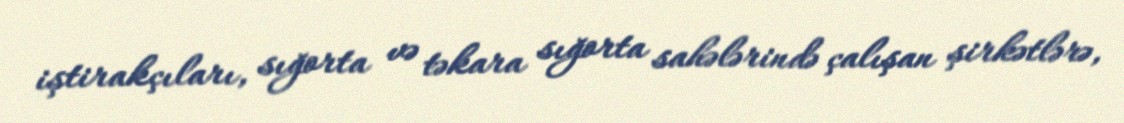
iştirakçıları, sığorta və təkara sığorta sahələrində çalışan şirkətlərə,